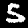
Label: 5